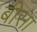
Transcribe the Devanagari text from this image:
बीसा